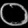
Digit: ၀